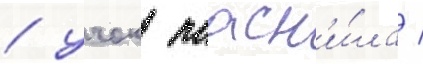
/ учок поасн'и́ла /